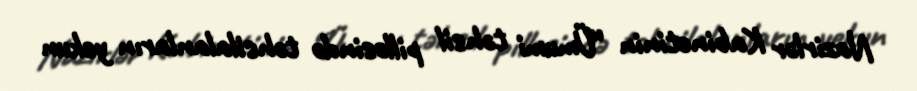
Nazirlər Kabinetinin “Ümumi təhsil pilləsində təhsilalanların yekun